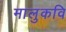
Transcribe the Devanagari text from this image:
मालुकवि